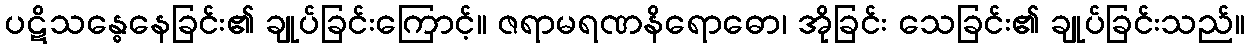
ပဋိသန္ဓေနေခြင်း၏ ချုပ်ခြင်းကြောင့်။ ဇရာမရဏနိရောဓော၊ အိုခြင်း သေခြင်း၏ ချုပ်ခြင်းသည်။